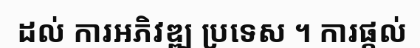
ដល់ ការអភិវឌ្ឍ ប្រទេស ។ ការផ្តល់